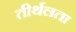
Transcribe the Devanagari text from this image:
तीर्थलता